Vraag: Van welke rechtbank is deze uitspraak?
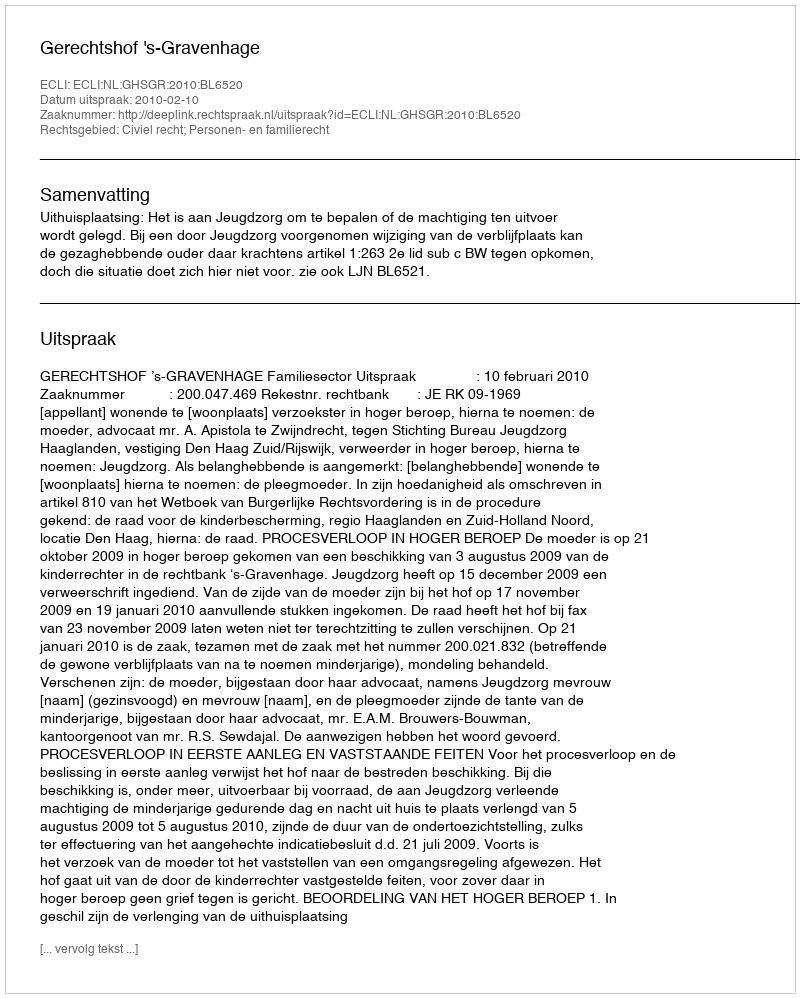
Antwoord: Gerechtshof 's-Gravenhage